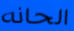
الحانه